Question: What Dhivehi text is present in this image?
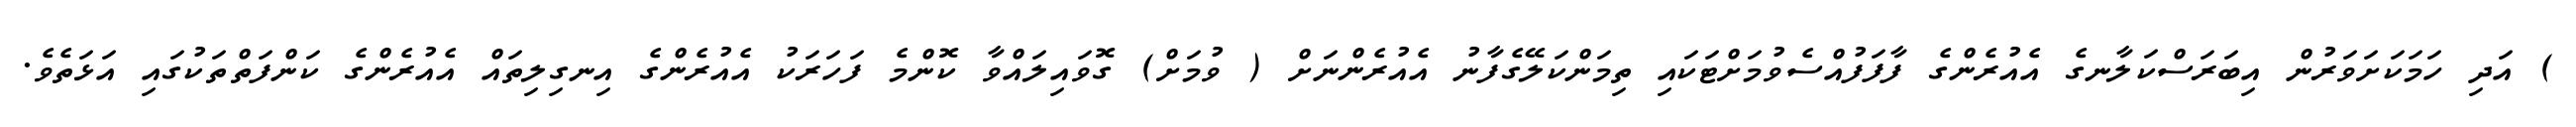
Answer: ) އަދި ހަމަކަށަވަރުން އިބަރަސްކަލާނގެ އެއުރެންގެ ފާފަފުއްސެވުމަށްޓަކައި ތިމަންކަލޭގެފާނު އެއުރެންނަށް ( ވުމަށް) ގޮވައިލައްވާ ކޮންމެ ފަހަރަކު އެއުރެންގެ އިނގިލިތައް އެއުރެންގެ ކަންފަތްތަކުގައި އަޅަތެވެ.